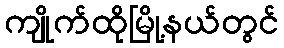
ကျိုက်ထိုမြို့နယ်တွင်